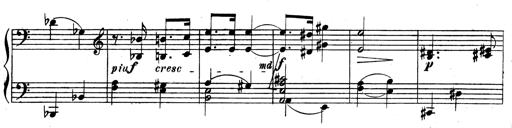
Title: 3 Sonatinas for Piano
Composer: Vissarion Shebalin